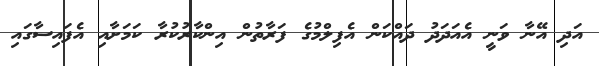
އަދި އޭނާ ވަނީ އެއަދަދު ދައްކަން އެފިލްމުގެ ފަރާތުން އިންކާރުކުރާ ކަމަށާއި އެފައިސާގައި